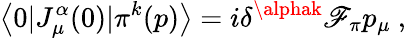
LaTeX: \left<0|J_{\mu}^{\alpha}(0)|\pi^{k}(p)\right>=i\delta^{\alphak}\mathscr{F}_{\pi}p_{\mu}\ ,